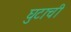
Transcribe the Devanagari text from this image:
घुटाची